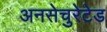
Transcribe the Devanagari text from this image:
अनसेचुरेटेड